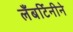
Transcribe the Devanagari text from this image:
लँबर्टिनीने